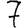
Digit: 7